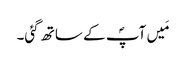
مَیں آپؐ کے ساتھ گئی۔